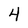
Character: 4